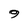
Character: 9